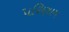
૫રિણામ